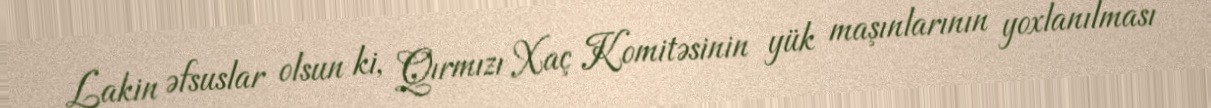
Lakin əfsuslar olsun ki, Qırmızı Xaç Komitəsinin yük maşınlarının yoxlanılması